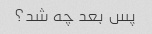
پس بعد چه شد؟